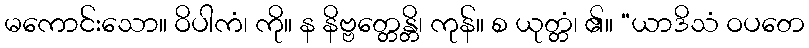
မကောင်းသော။ ဝိပါကံ၊ ကို။ န နိဗ္ဗတ္တေန္တိ၊ ကုန်။ စ ယုတ္တံ၊ ၏။ “ယာဒိသံ ဝပတေ